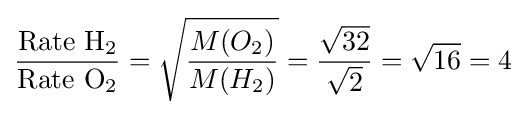
{{\mbox{Rate H}}_{2} \over {\mbox{Rate O}}_{2}}={\sqrt {M(O_{2}) \over M(H_{2})}}={{\sqrt {32}} \over {\sqrt {2}}}={\sqrt {16}}=4